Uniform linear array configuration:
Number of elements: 24
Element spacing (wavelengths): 0.25
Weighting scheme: blackman
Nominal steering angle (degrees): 0
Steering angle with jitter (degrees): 1.198
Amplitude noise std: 0.05
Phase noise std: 0.05

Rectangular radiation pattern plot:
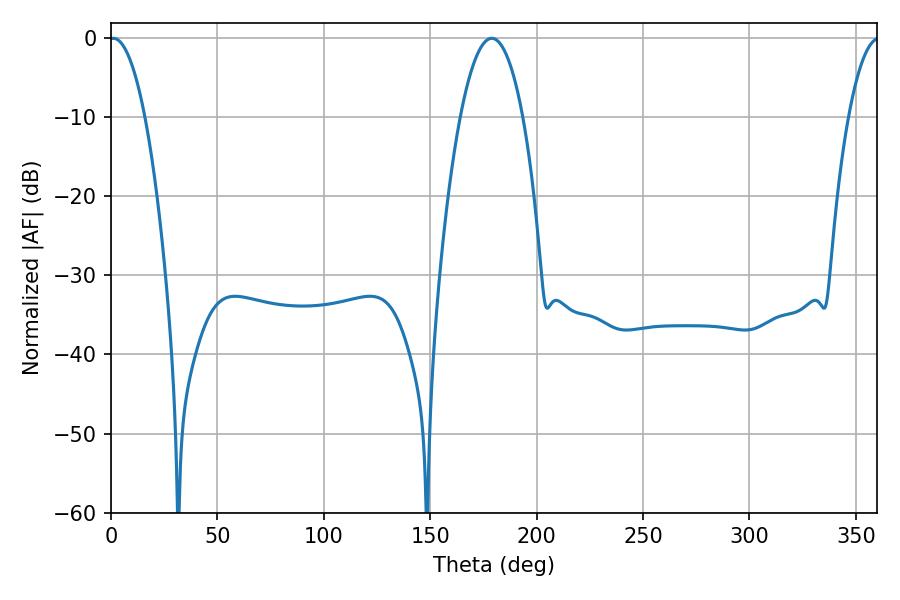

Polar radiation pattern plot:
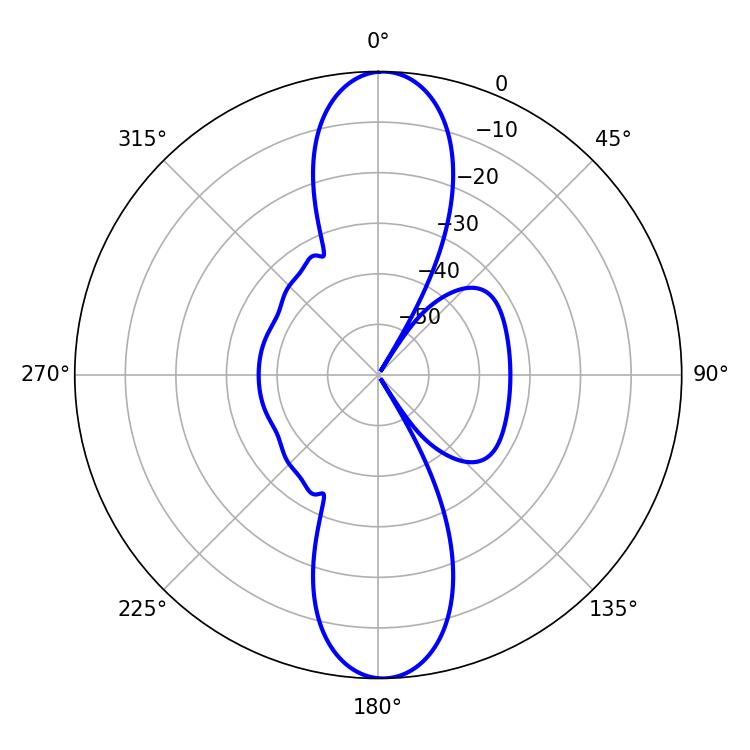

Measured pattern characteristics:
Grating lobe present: FALSE
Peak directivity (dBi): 22.04
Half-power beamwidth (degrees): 9.18
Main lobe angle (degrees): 1.08